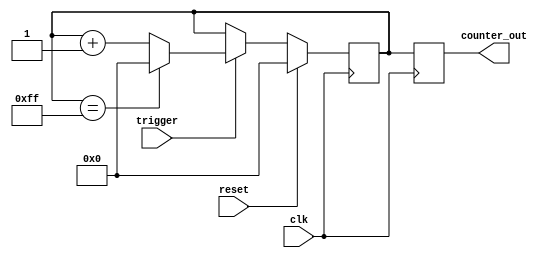
module counter (
    input trigger,
    input reset,
    input clk,
    output reg [7:0] counter_out
);

reg [7:0] counter;

always @ (posedge clk) begin
    if (reset) begin
        counter <= 8'd0;
    end else if (trigger) begin
        if (counter == 8'd255) begin
            counter <= 8'd0;
        end else begin
            counter <= counter + 1;
        end
    end
end

always @ (posedge clk) begin
    counter_out <= counter;
end

endmodule